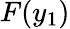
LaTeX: F(y_{1})